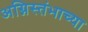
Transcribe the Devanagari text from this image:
अग्निस्तंभाच्या